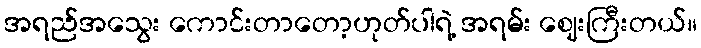
အရည်အသွေး ကောင်းတာတော့ဟုတ်ပါရဲ့ အရမ်း ဈေးကြီးတယ်။